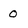
Character: 0